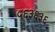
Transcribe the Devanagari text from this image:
५६३६३६